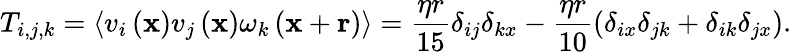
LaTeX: T_{i,j,k}=\left\langle v_{i}\left(\mathbf{x}\right)v_{j}\left(\mathbf{x}\right)\omega_{k}\left(\mathbf{x}+\mathbf{r}\right)\right\rangle=\frac{\eta r}{15}\delta_{ij}\delta_{kx}-\frac{\eta r}{10}\left(\delta_{ix}\delta_{jk}+\delta_{ik}\delta_{jx}\right).